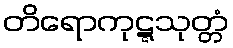
တိရောကုဋ္ဋသုတ္တံ